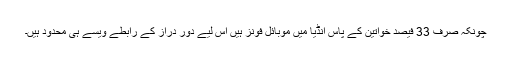
چونکہ صرف 33 فیصد خواتین کے پاس انڈیا میں موبائل فونز ہیں اس لیے دور دراز کے رابطے ویسے ہی محدود ہیں۔